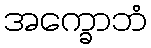
အက္ခောဘံ